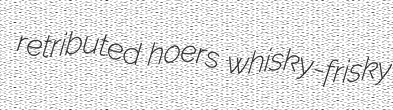
retributed hoers whisky-frisky